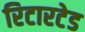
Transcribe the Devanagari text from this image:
रिटारटेड